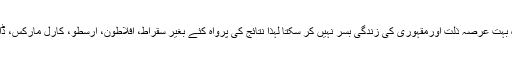
انسان کی سماجی ساخت ایسی ہوتی ہے کہ وہ بہت عرصہ ذلّت اورمقہوری کی زندگی بسر نہیں کر سکتا لہٰذا نتائج کی پرواہ کئے بغیر سقراط، افلاطون، ارسطو، کارل مارکس، ڈارون اور فرائیڈ جیسے لوگ پیدا ہو جاتے ہیں۔